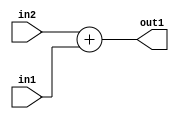
`timescale 1ps / 1ps
/*****************************************************************************
    Verilog RTL Description
    
    
    Created by: Stratus DpOpt 2019.1.01 
*******************************************************************************/

module pw_weight_addr_gen_Add_8Ux8U_9U_4 (
	in2,
	in1,
	out1
	); /* architecture "behavioural" */ 
input [7:0] in2,
	in1;
output [8:0] out1;
wire [8:0] asc001;

assign asc001 = 
	+(in2)
	+(in1);

assign out1 = asc001;
endmodule

/* CADENCE  ubDzTgA= : u9/ySgnWtBlWxVPRXgAZ4Og= ** DO NOT EDIT THIS LINE ******/